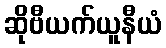
ဆိုဗီယက်ယူနီယံ